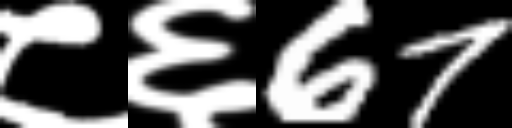
Text: ८६67